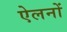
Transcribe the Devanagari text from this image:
ऐलनों